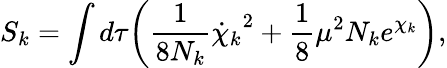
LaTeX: S_{k}=\int d\tau\biggl({\frac{1}{8N_{k}}}{\dot{\chi}_{k}}^{2}+{\frac{1}{8}}\mu^{2}N_{k}e^{\chi_{k}}\biggr),